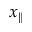
x _ { \| }